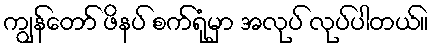
ကျွန်တော် ဖိနပ် စက်ရုံမှာ အလုပ် လုပ်ပါတယ်။